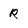
Character: R